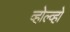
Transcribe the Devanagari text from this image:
व्होल्व्हो